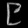
Digit: ၉